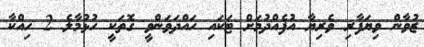
ޒުވާން ވިޔަފާރި ވެރިޔާ އުފެއްދުމަށް ޓަކައި ހައްދަވަންވީ ގޮތަކީ ހުޅުމާލެ 2 ހިއްކާ